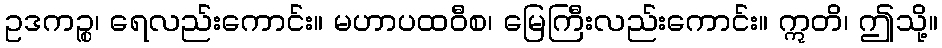
ဥဒကဉ္စ၊ ရေလည်းကောင်း။ မဟာပထဝီစ၊ မြေကြီးလည်းကောင်း။ ဣတိ၊ ဤသို့။